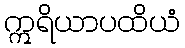
ဣရိယာပထိယံ